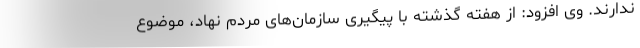
ندارند. وی افزود: از هفته گذشته با پیگیری سازمان‌های مردم نهاد، موضوع